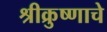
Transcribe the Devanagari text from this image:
श्रीक्रुष्णाचे